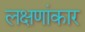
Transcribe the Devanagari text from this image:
लक्षणांकार